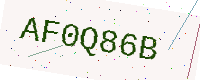
Text: AF0Q86B